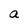
Character: a